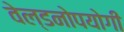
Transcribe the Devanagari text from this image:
वेल्डनोपयोगी